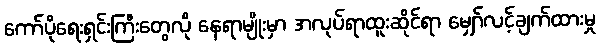
ကော်ပိုရေးရှင်းကြီးတွေလို နေရာမျိုးမှာ အလုပ်ရာထူးဆိုင်ရာ မျှော်လင့်ချက်ထားမှု